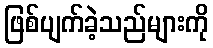
ဖြစ်ပျက်ခဲ့သည်များကို